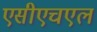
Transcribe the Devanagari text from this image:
एसीएचएल